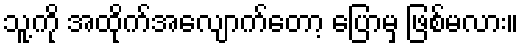
သူ့ကို အထိုက်အလျောက်တော့ ပြောမှ ဖြစ်မလား။